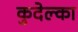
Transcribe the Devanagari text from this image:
कुदेल्का